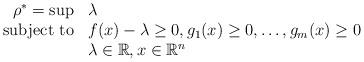
LaTeX: \begin{align*}\begin{array}{rll}\rho^* = \sup & \lambda \\\textnormal{subject to} & \displaystyle f(x) - \lambda \geq 0, g_1(x) \geq 0, \dots, g_m(x) \geq 0 \\& \displaystyle \lambda \in \mathbb{R}, x \in \mathbb{R}^n\end{array}\end{align*}